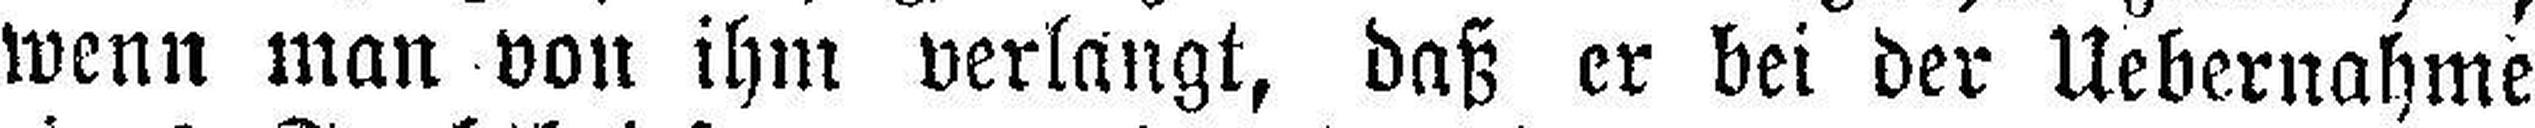
wenn man von ihm verlangt, daß er bei der Uebernahme